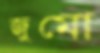
জুমো